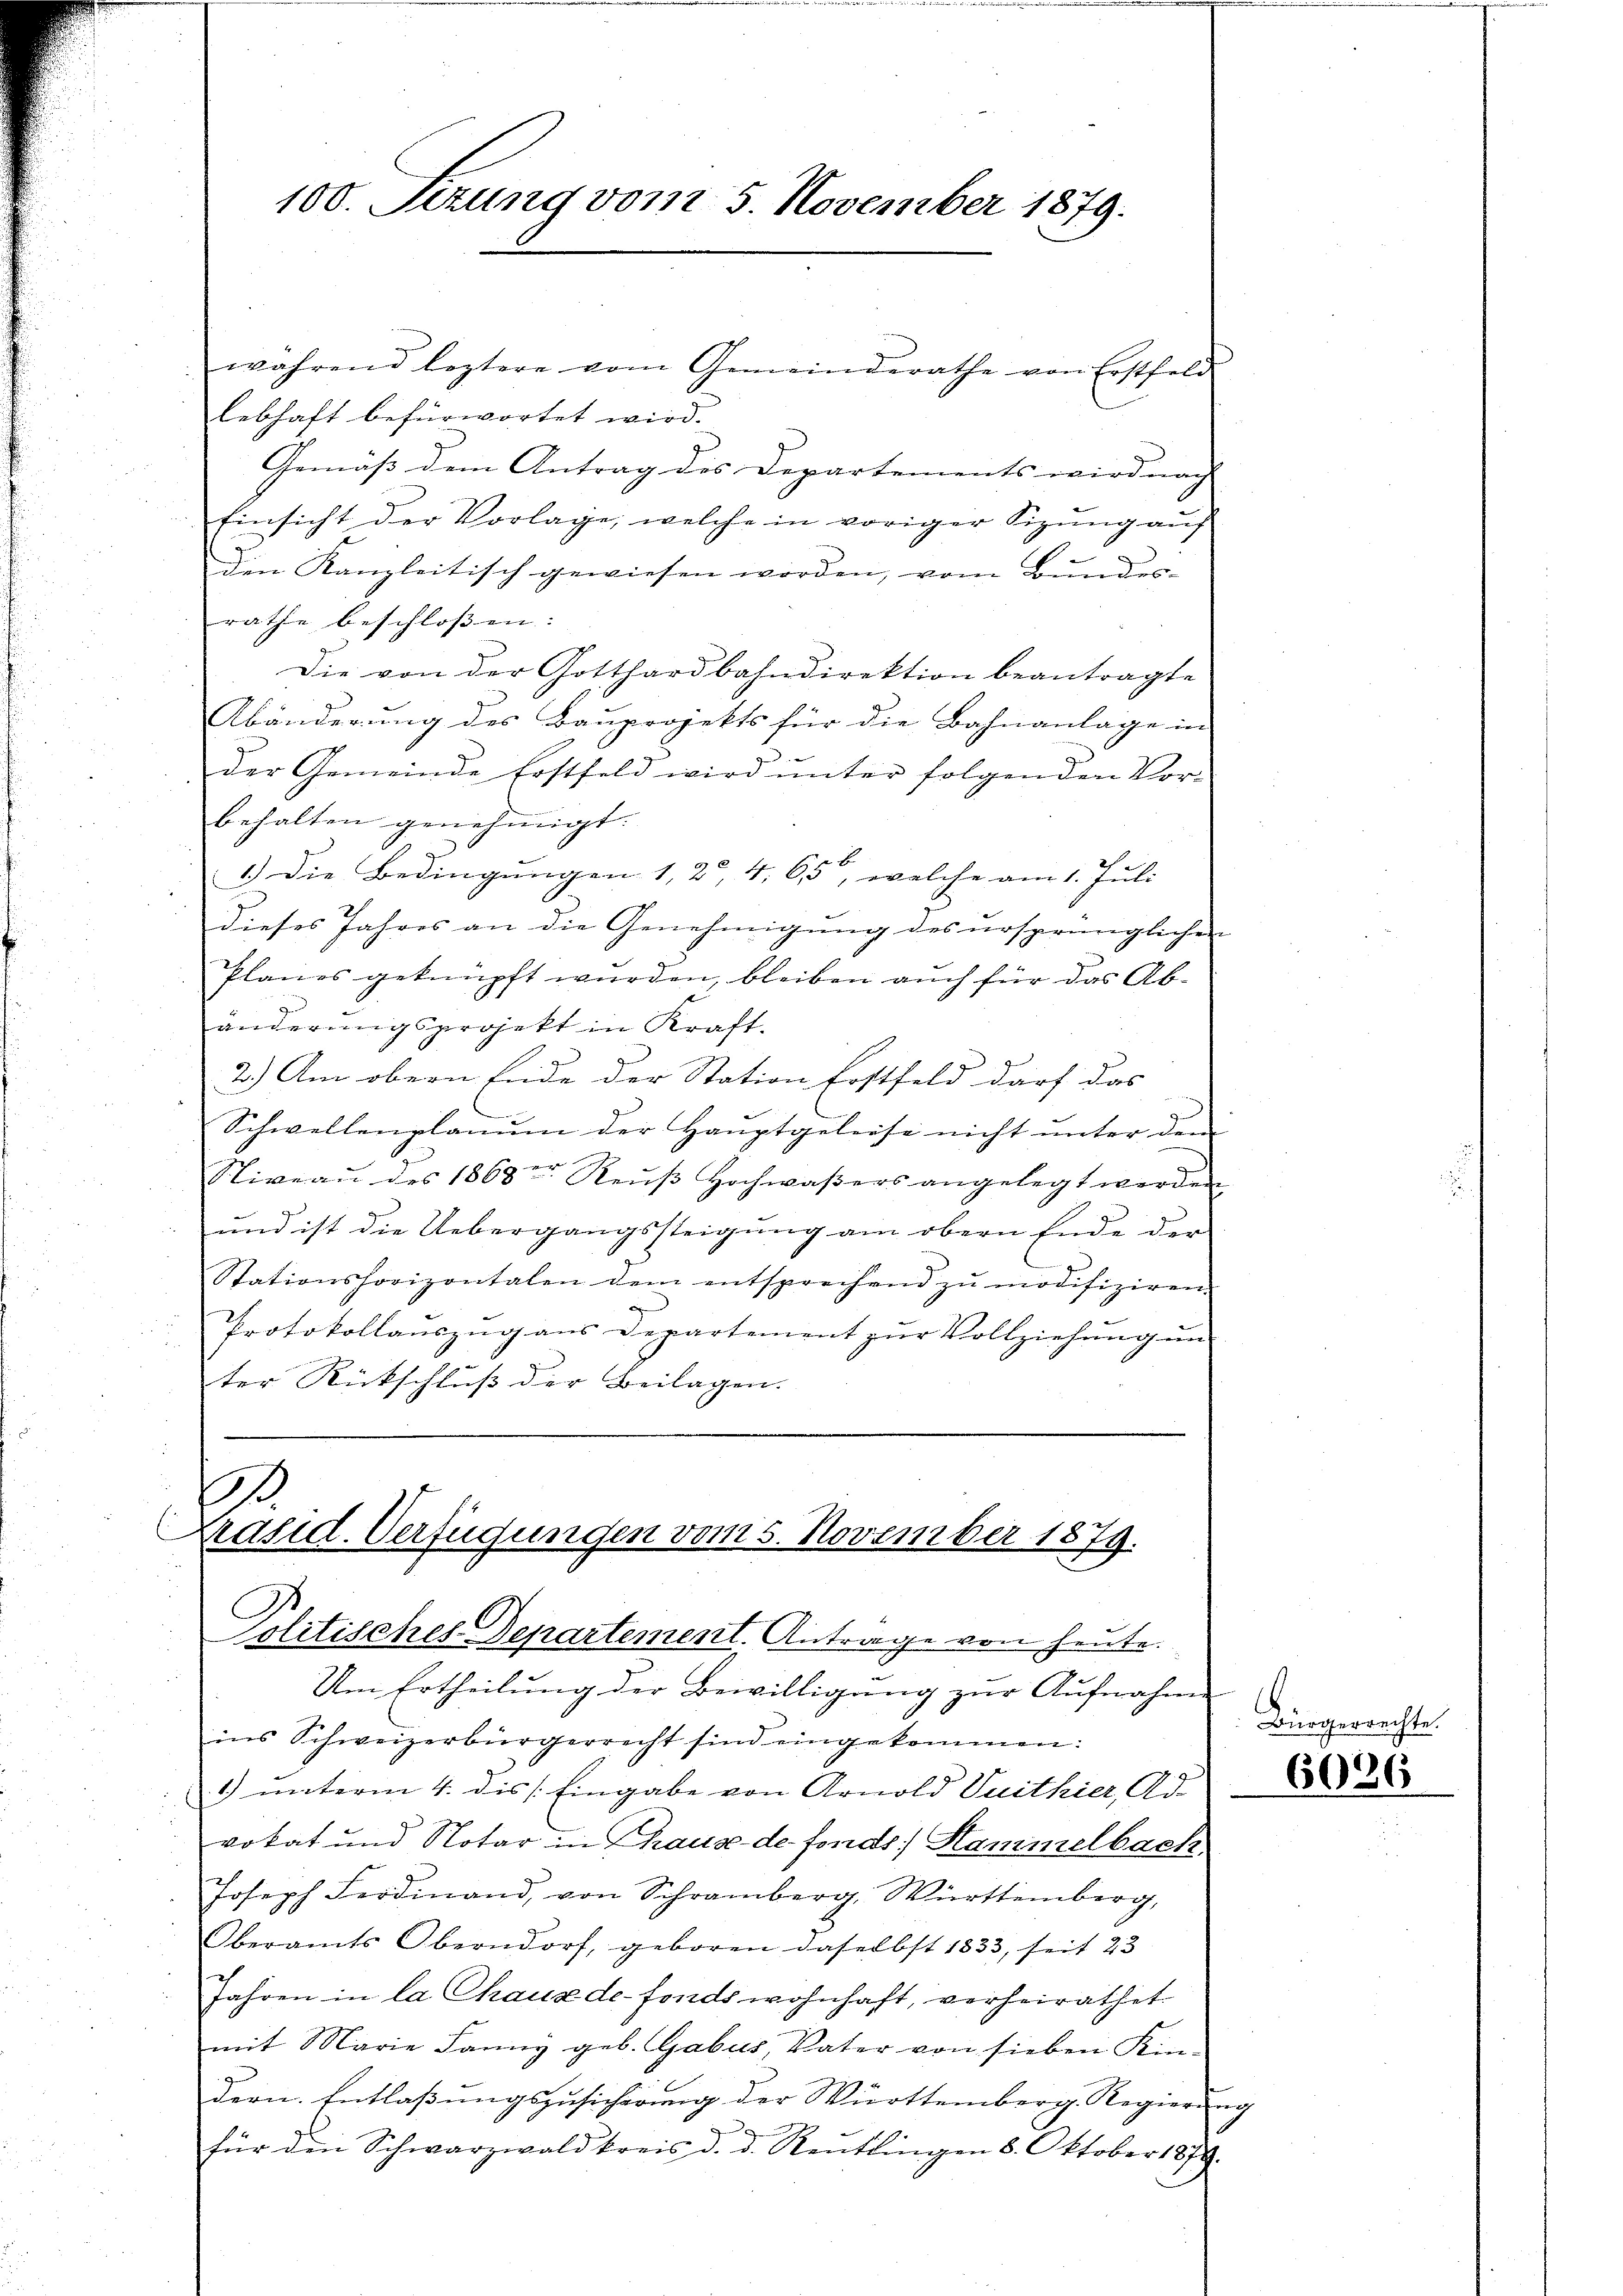
100. Sezung vom 5. November 1879.

während leztere vom Gemeinderathe von Erstfeld
lebhaft befürwortet wird.
Gemäß dem Antrag des Departements wird nach
Einsicht der Vorlage, welche in voriger Sizung auf
den Kanzleitisch gewiesen worden, vom Bundes-
rathe beschlossen.
Die von der Gotthardbahndirektion beantragte
Abänderung des Bauprojekts für die Bahnanlage in
der Gemeinde Erstfeld wird ŭnter folgenden Vor-
behalten genehmigt.
1.) Die Bedingungen 1, 2, 4, 65, welche am 1. Juli
dieses Jahres an die Genehmigung des ursprünglichen
Planes geknüpft wurden, bleiben auch für das Abänderungsprojekt in Kraft.
2.) Am obern Ende der Station Erstfeld darf das
Schwellenplanum der Hauptgeleise nicht unter dem
Niveau des 1863 Reŭβ Hochwaßers angelegt werden
und ist die Uebergangssteigung am obern Ende der
Stationshorizontalen dem entsprechend zu modifiziren.
x
Protokollauszug aus Departement zur Vollziehung un
ter Rückschluß der Beilagen. |
1

Präsid. Verfügungen vom 5. November 1879.
Pilitisches Departement. Antrage von heute.

Um Ertheilung der Bewilligung zur Aufnahm
ins Schweizerbürgerrecht sind eingekommen:
1) unterm 4. dis [Eingabe von Arnold Vuithier, Ad-
vokat und Notar in Thause de fonds Hammelbach
Joseph Ferdinand, von Schramberg, Württemberg,
Oberamts Oberndorf, geboren daselbst 1833, seit 23
Jahren in la Chaux de fonds wohnhaft, verheirathet
mit Marie Lanny geb. Gabus, Vater von sieben Kin-
dern. Entlaßungszusichtung der Württemberg. Regierung
für den Schwarzwald kreis d. d. Rentlingen 8. Oktober 1879.

King

6026

rachte.